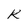
Character: K